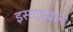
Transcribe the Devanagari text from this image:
इसाऊवान